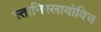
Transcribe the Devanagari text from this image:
स्तानिस्लावोविच